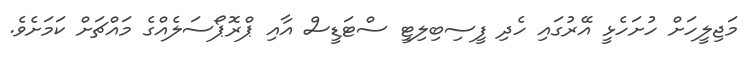
މަޖިލީހަށް ހުށަހެޅީ އޭރުގައި ހެދި ފީސިބިލިޓީ ސްޓަޑީސް އާއި ޕްރޮޕޯސަލެއްގެ މައްޗަށް ކަމަށެވެ.